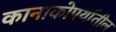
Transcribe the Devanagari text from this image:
कानाकोपर्यातील